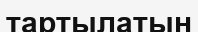
тартылатын